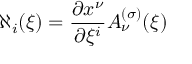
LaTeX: \aleph _ { i } ( \xi ) = { \frac { \partial x ^ { \nu } } { \partial \xi ^ { i } } } A _ { \nu } ^ { ( \sigma ) } ( \xi )